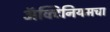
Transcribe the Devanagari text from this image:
ॲक्टिनियमचा